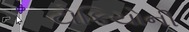
ટોકિયોની